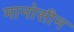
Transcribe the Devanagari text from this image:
मानोसीन